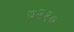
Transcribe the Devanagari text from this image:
७२१०